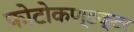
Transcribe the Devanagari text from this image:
फोटोकण्डक्टर